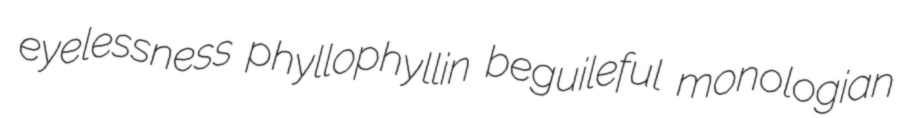
eyelessness phyllophyllin beguileful monologian